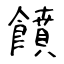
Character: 饙